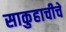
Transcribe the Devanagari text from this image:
साकुहाचीचे